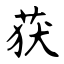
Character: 获